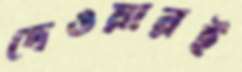
দেওয়ারই